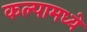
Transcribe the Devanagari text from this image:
कल्पामध्ये